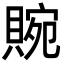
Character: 䝹